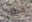
مطلب